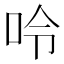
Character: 呤